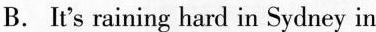
B. It's raining hard in Sydney in